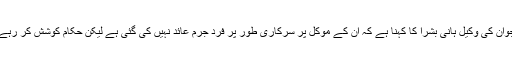
امریکہ میں زیرِ تعلیم اس مصری نوجوان کی وکیل ہانی بشرا کا کہنا ہے کہ ان کے موکل پر سرکاری طور پر فردِ جرم عائد نہیں کی گئی ہے لیکن حکام کوشش کر رہے ہیں کہ انھیں ملک بدر کر دیا جائے۔